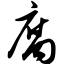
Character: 腐